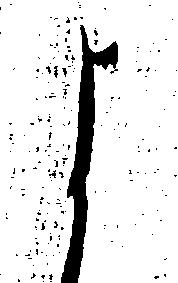
よ